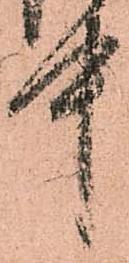
中